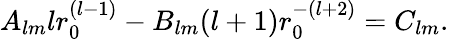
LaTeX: A_{lm}lr_{0}^{(l-1)}-B_{lm}(l+1)r_{0}^{-(l+2)}=C_{lm}.